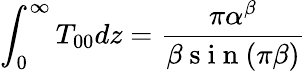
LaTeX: \displaystyle\int_{0}^{\infty}T_{00}dz=\frac{\pi\alpha^{\beta}}{\beta\mathrm{~s~i~n~}(\pi\beta)}